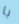
با